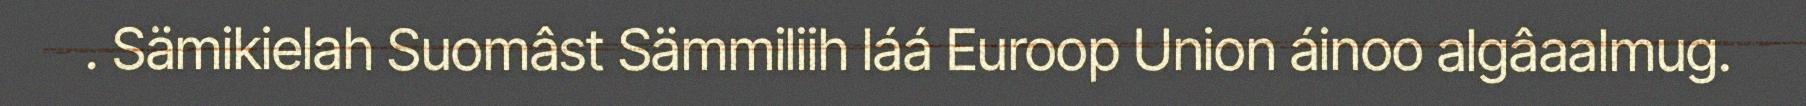
. Sämikielah Suomâst Sämmiliih láá Euroop Union áinoo algâaalmug.